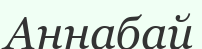
Аннабай